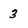
Character: 3